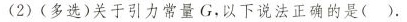
(2) (多选) 关于引力常量 G，以下说法正确的是 ( ).